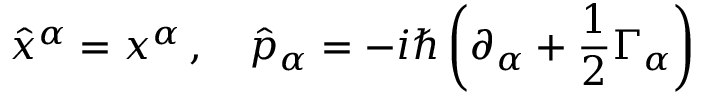
\hat { x } ^ { \alpha } = x ^ { \alpha } \, , \quad \hat { p } _ { \alpha } = - i \hbar \left( \partial _ { \alpha } + \frac { 1 } { 2 } \Gamma _ { \alpha } \right)